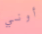
أوني